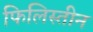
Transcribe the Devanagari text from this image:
फिलिस्‍तीन